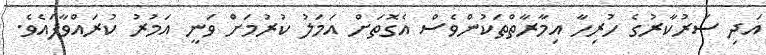
އަދި ސަރުކާރުގެ ހުރިހާ އިމާރާތްތަކުންވެސް އެގޮތަށް އަމަލު ކުރުމަށް ވަނީ އަމުރު ކުރައްވާފައެވެ.